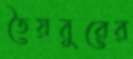
তৈয়বুরের